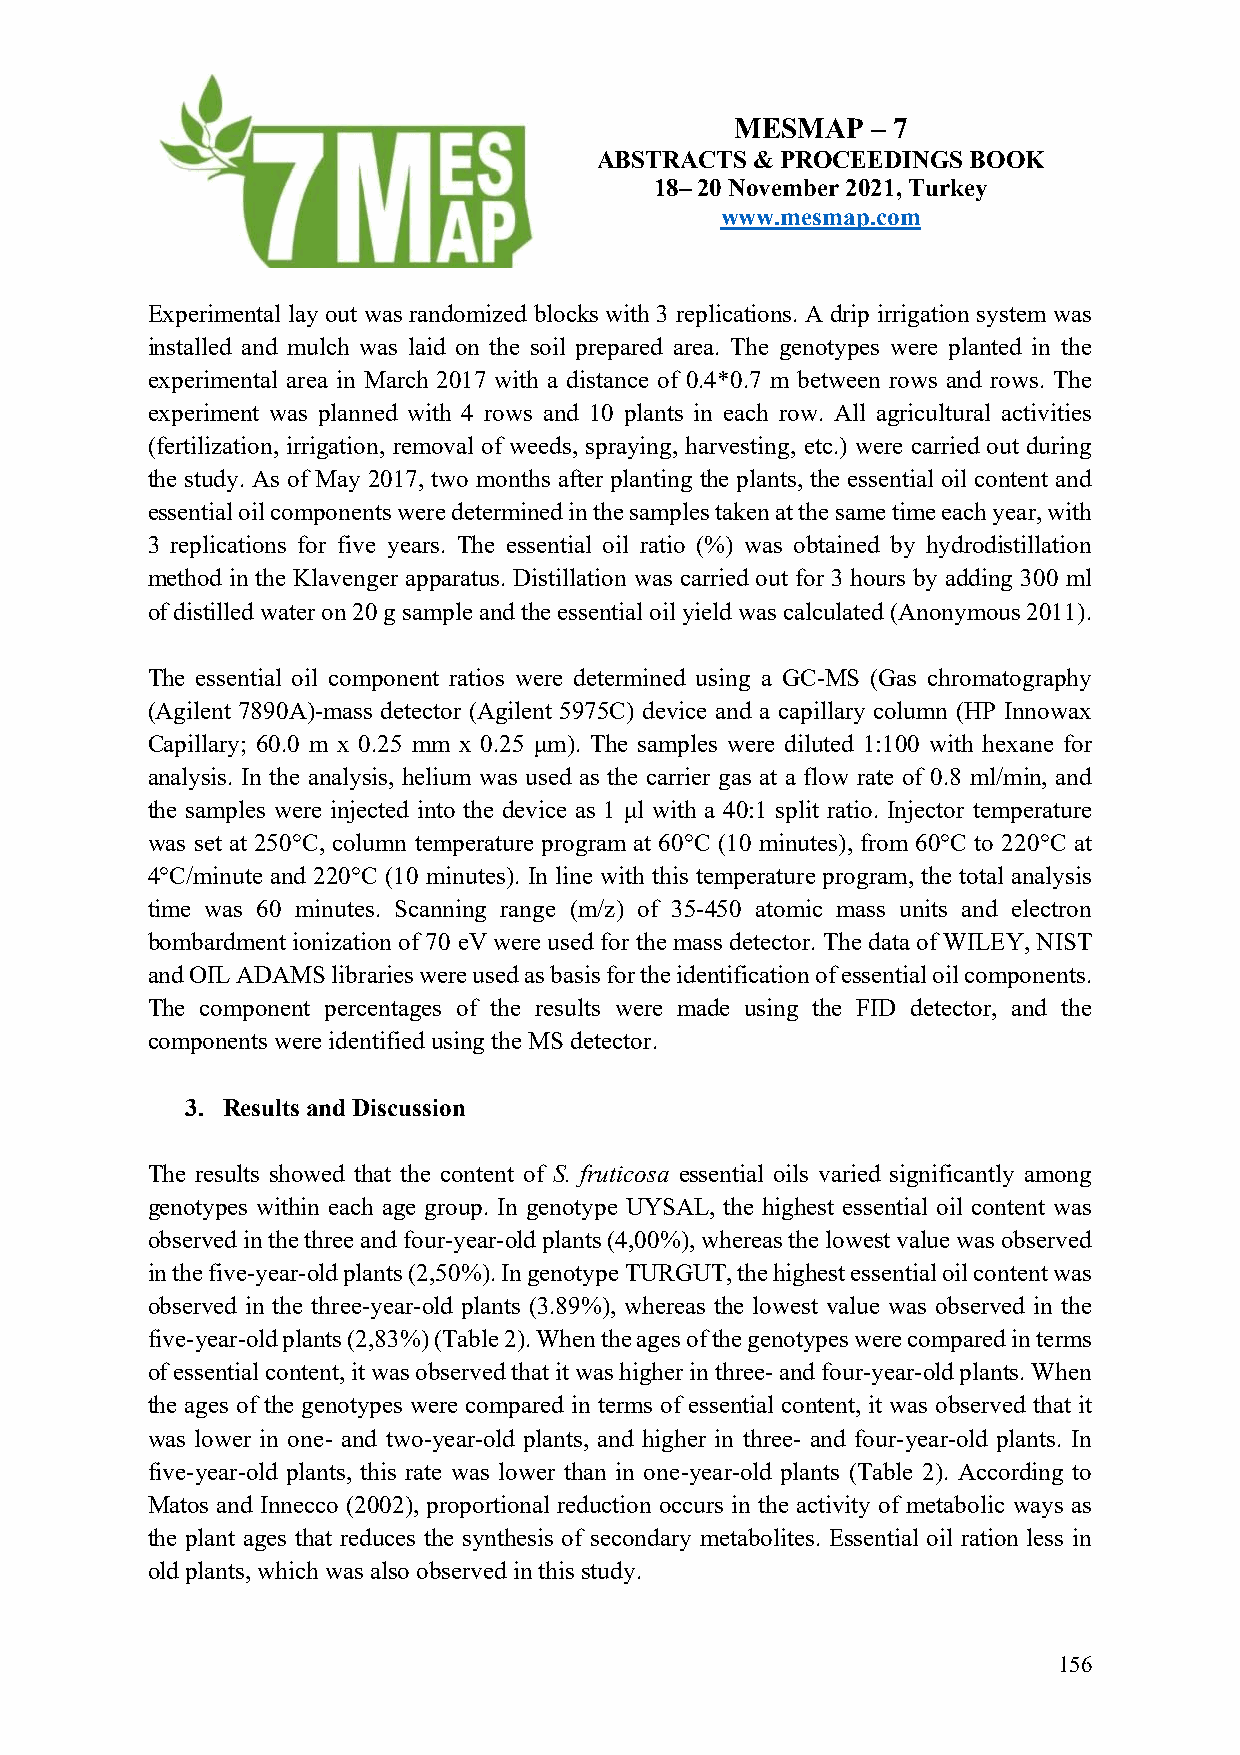
MESMAP   – 7
 ABSTRACTS  & PROCEEDINGS BOOK
 18– 20 November 2021, Turkey
 www.mesmap.com
 Experimental lay out was randomized blocks with 3 replications. A drip irrigation system was
 installed and mulch was laid on the soil prepared area. The genotypes were planted in the
 experimental area in March 2017 with a distance of 0.4*0.7 m between rows and rows. The
 experiment was planned with 4 rows and 10 plants in each row. All agricultural activities
 (fertilization, irrigation, removal of weeds, spraying, harvesting, etc.) were carried out during
 the study. As of May 2017, two months after planting the plants, the essential oil content and
 essential oil components were determined in the samples taken at the same time each year, with
 3 replications for five years. The essential oil ratio (%) was obtained by hydrodistillation
 method in the Klavenger apparatus. Distillation was carried out for 3 hours by adding 300 ml
 of distilled water on 20 g sample and the essential oil yield was calculated (Anonymous 2011).
 The essential oil component ratios were determined using a GC-MS (Gas chromatography
 (Agilent 7890A)-mass detector (Agilent 5975C) device and a capillary column (HP Innowax
 Capillary; 60.0 m x 0.25 mm x 0.25 μm). The samples were diluted 1:100 with hexane for
 analysis. In the analysis, helium was used as the carrier gas at a flow rate of 0.8 ml/min, and
 the samples were injected into the device as 1 μl with a 40:1 split ratio. Injector temperature
 was set at 250°C, column temperature program at 60°C (10 minutes), from 60°C to 220°C at
 4°C/minute and 220°C (10 minutes). In line with this temperature program, the total analysis
 time was 60 minutes. Scanning range (m/z) of 35-450 atomic mass units and electron
 bombardment ionization of 70 eV were used for the mass detector. The data of WILEY, NIST
 and OIL ADAMS libraries were used as basis for the identification of essential oil components.
 The component percentages of the results were made using the FID detector, and the
 components were identified using the MS detector.
 3. Results and Discussion
 The results showed that the content of S. fruticosa essential oils varied significantly among
 genotypes within each age group. In genotype UYSAL, the highest essential oil content was
 observed in the three and four-year-old plants (4,00%), whereas the lowest value was observed
 in the five-year-old plants (2,50%). In genotype TURGUT, the highest essential oil content was
 observed in the three-year-old plants (3.89%), whereas the lowest value was observed in the
 five-year-old plants (2,83%) (Table 2). When the ages of the genotypes were compared in terms
 of essential content, it was observed that it was higher in three- and four-year-old plants. When
 the ages of the genotypes were compared in terms of essential content, it was observed that it
 was lower in one- and two-year-old plants, and higher in three- and four-year-old plants. In
 five-year-old plants, this rate was lower than in one-year-old plants (Table 2). According to
 Matos and Innecco (2002), proportional reduction occurs in the activity of metabolic ways as
 the plant ages that reduces the synthesis of secondary metabolites. Essential oil ration less in
 old plants, which was also observed in this study.
 156